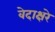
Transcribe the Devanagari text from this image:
वेदाक्षरे